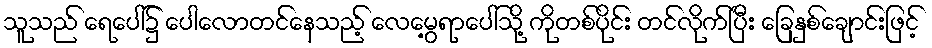
သူသည် ရေပေါ်၌ ပေါလောတင်နေသည့် လေမွေ့ရာပေါ်သို့ ကိုတစ်ပိုင်း တင်လိုက်ပြီး ခြေနှစ်ချောင်းဖြင့်